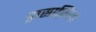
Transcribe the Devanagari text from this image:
ड्रासाफ़िला